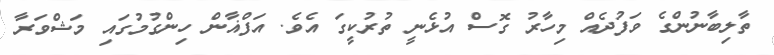
ތާލިބާނުންގެ ވަފުދެއް މިހާރު ގޮސް އުޅެނީ ތުރުކީގަ އެވެ. އަފްޣާން ހިންގުމުގައި މަޝްވަރާ